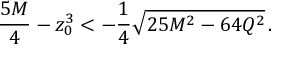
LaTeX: { \frac { 5 M } { 4 } } - z _ { 0 } ^ { 3 } < - { \frac { 1 } { 4 } } \sqrt { 2 5 M ^ { 2 } - 6 4 Q ^ { 2 } } \, .